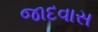
જાદવાસ